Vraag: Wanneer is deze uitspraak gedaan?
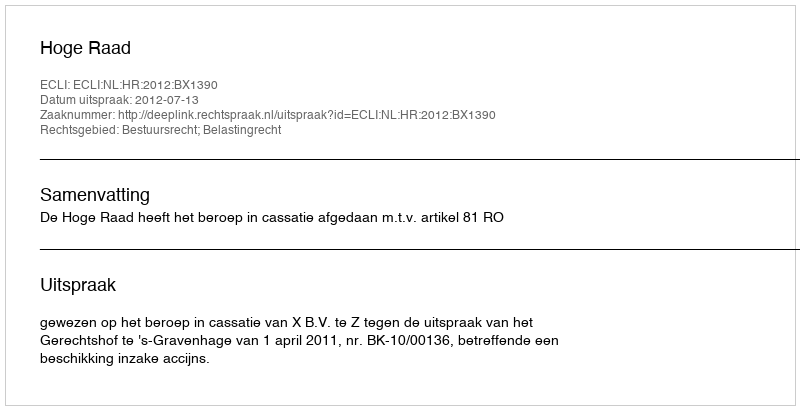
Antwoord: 2012-07-13